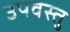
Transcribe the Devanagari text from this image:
उपवस्तु